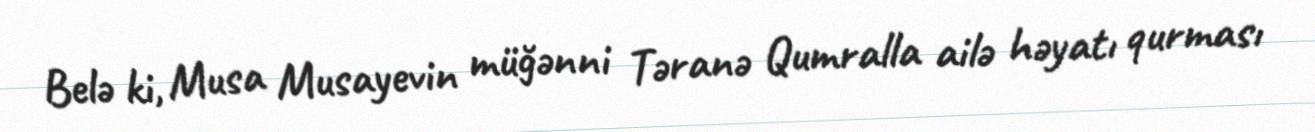
Belə ki, Musa Musayevin müğənni Təranə Qumralla ailə həyatı qurması